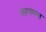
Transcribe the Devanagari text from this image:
सहगमना